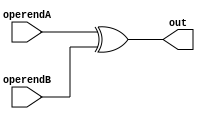
module xor32(operendA, operendB, out);
	parameter n = 32;
	input[n-1:0] operendA;
	input[n-1:0] operendB;
	output reg[n-1:0] out;
	
	always @(*) begin
		out = operendA ^ operendB;
	end

endmodule